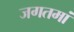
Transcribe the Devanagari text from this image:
जगतमां